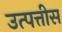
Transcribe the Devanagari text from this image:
उत्पत्तीस